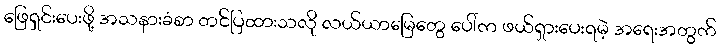
ဖြေရှင်းပေးဖို့ အသနားခံစာ တင်ပြထားသလို လယ်ယာမြေတွေ ပေါ်က ဖယ်ရှားပေးရမဲ့ အရေးအတွက်